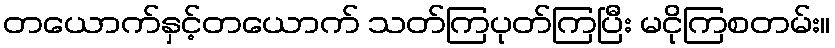
တယောက်နှင့်တယောက် သတ်ကြပုတ်ကြပြီး မငိုကြစတမ်း။